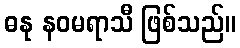
ဓနု နဝမရာသီ ဖြစ်သည်။